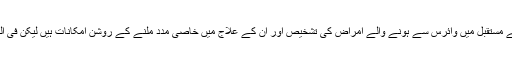
اگرچہ یہ دریافت بہت اہم ہے جس سے مستقبل میں وائرس سے ہونے والے امراض کی تشخیص اور ان کے علاج میں خاصی مدد ملنے کے روشن امکانات ہیں لیکن فی الحال یہ ایک لمبے سفر کا پہلا قدم ہے۔